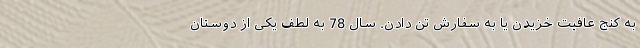
به کنج عافیت خزیدن یا به سفارش تن دادن. سال 78 به لطف یکی از دوستان